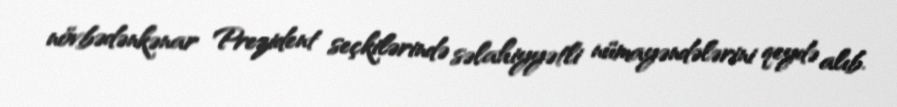
növbədənkənar Prezident seçkilərində səlahiyyətli nümayəndələrini qeydə alıb.